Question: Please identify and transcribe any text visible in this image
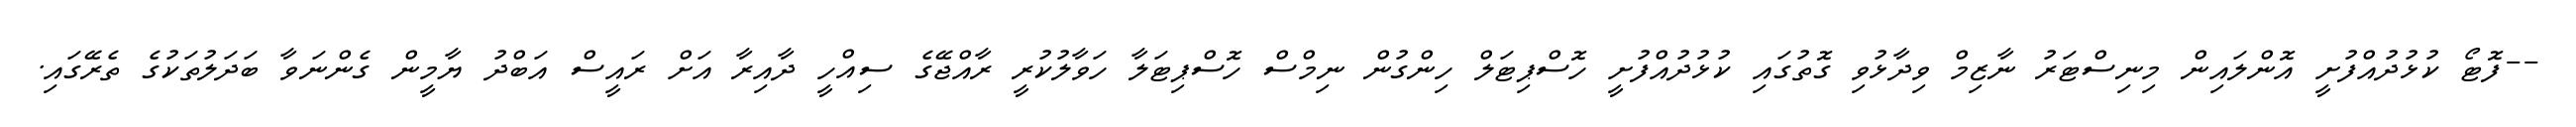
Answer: --ފޮޓޯ ކުޅުދުއްފުށީ އޮންލައިން މިނިސްޓަރު ނާޒިމް ވިދާޅުވި ގޮތުގައި ކުޅުދުއްފުށީ ހޮސްޕިޓަލް ހިންގުން ނިމްސް ހޮސްޕިޓަލާ ހަވާލުކުރީ ރާއްޖޭގެ ސިއްހީ ދާއިރާ އަށް ރައީސް އަބްދު ޔާމީން ގެންނަވާ ބަދަލުތަކުގެ ތެރޭގައި.